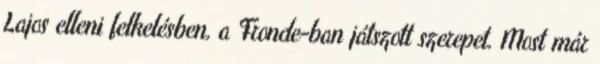
Lajos elleni felkelésben, a Fronde-ban játszott szerepet. Most már